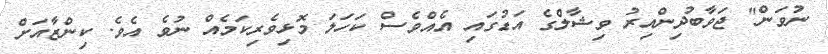
ނުވަން" ޖަވާބުދިންއިރު ވިޝާލްގެ އަޑުގައި އެއްވެސް ކަހަލަ މޮޅިވެރިކަމެއް ނުވެ އެވެ. ކިންޒާއަށް